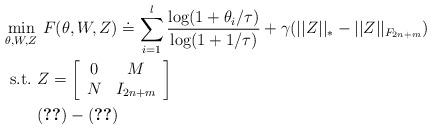
LaTeX: \begin{align*} \mathop {\min }\limits_{\theta, W, Z} & \ F(\theta, W, Z)\doteq \sum \limits_{i=1}^l \frac{\log(1+ \theta_i/\tau)}{\log(1+1/\tau)}+ \gamma (||Z||_{*}-||Z||_{F_{2n+m}})\\{\rm s.t.}\ & Z=\left[\begin{array}{cc}0 & M \\N & I_{2n+m} \\\end{array}\right] \\& (\ref{const2})-(\ref{const5}) \end{align*}